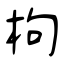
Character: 枸